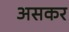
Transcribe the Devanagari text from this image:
असकर